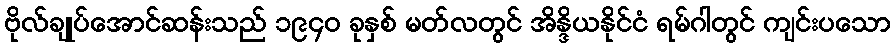
ဗိုလ်ချုပ်အောင်ဆန်းသည် ၁၉၄၀ ခုနှစ် မတ်လတွင် အိန္ဒိယနိုင်ငံ ရမ်ဂါတွင် ကျင်းပသော